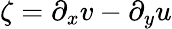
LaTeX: \zeta=\partial_{x}v-\partial_{y}u